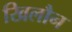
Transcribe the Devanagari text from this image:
खिलौन